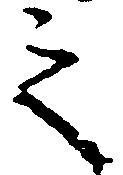
之